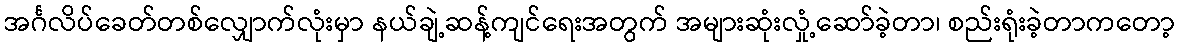
အင်္ဂလိပ်ခေတ်တစ်လျှောက်လုံးမှာ နယ်ချဲ့ဆန့်ကျင်ရေးအတွက် အများဆုံးလှုံ့ဆော်ခဲ့တာ၊ စည်းရုံးခဲ့တာကတော့